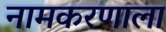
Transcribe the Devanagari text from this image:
नामकरणाला